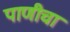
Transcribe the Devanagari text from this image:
पाणीचा